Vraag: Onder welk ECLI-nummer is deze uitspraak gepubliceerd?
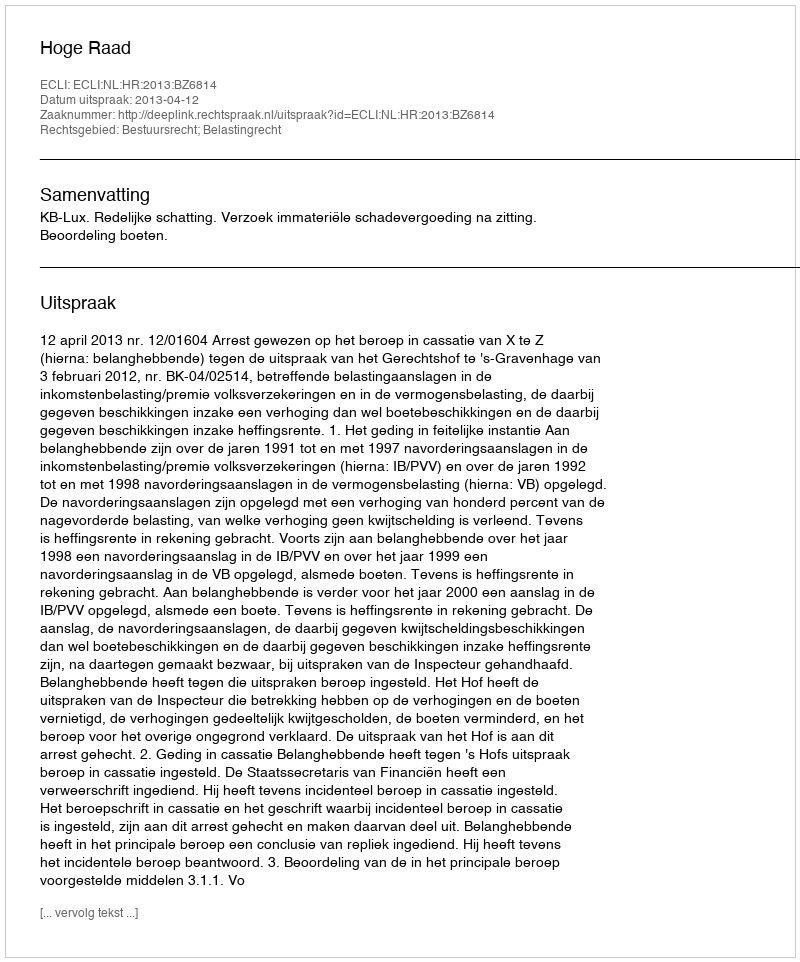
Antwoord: ECLI:NL:HR:2013:BZ6814